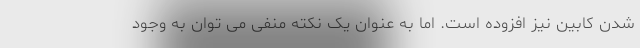
شدن کابین نیز افزوده است. اما به عنوان یک نکته منفی می توان به وجود